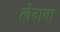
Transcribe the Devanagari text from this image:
लेगबा